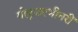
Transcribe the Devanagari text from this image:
गोकुळाभीतरीं